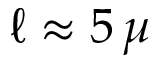
\ell \approx 5 \, \mu